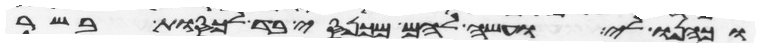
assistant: וכהנו לי ועשה להם מכנסי בד לכסות בשר